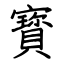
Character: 寳